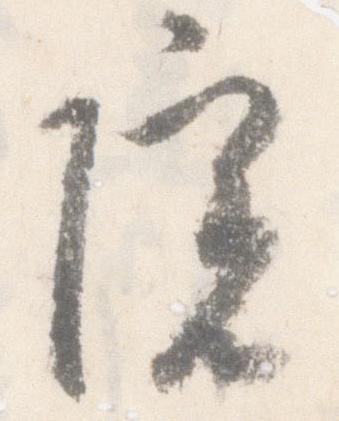
院